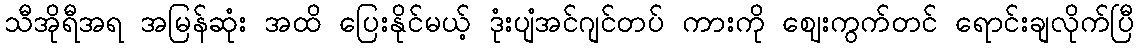
သီအိုရီအရ အမြန်ဆုံး အထိ ပြေးနိုင်မယ့် ဒုံးပျံအင်ဂျင်တပ် ကားကို ဈေးကွက်တင် ရောင်းချလိုက်ပြီ